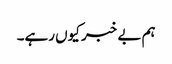
ہم بے خبر کیوں رہے۔